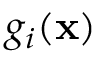
g _ { i } ( \mathbf { x } )